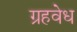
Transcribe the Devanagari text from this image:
ग्रहवेध